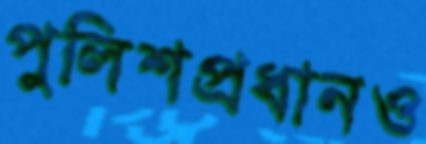
পুলিশপ্রধানও